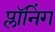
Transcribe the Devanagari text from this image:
प्लॉनिंग